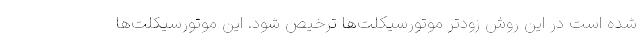
شده است در این روش زودتر موتورسیکلت‌ها ترخیص شود. این موتورسیکلت‌ها